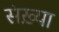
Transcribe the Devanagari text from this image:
संख़्या